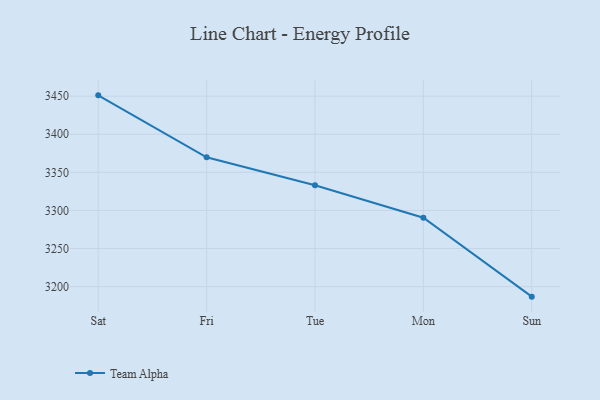
{"axis": {"x": "Day", "y": "Operating Costs (USD K)"}, "legend": ["Team Alpha"], "data": [{"x": "Sat", "y": 3451.1, "type": "Team Alpha"}, {"x": "Fri", "y": 3369.8, "type": "Team Alpha"}, {"x": "Tue", "y": 3333.0, "type": "Team Alpha"}, {"x": "Mon", "y": 3290.5, "type": "Team Alpha"}, {"x": "Sun", "y": 3186.8, "type": "Team Alpha"}]}